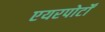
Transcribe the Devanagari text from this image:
एयरपोर्टों